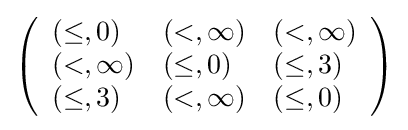
\left({\begin{array}{lll}(\leq ,0)&(<,\infty )&(<,\infty )\\(<,\infty )&(\leq ,0)&(\leq ,3)\\(\leq ,3)&(<,\infty )&(\leq ,0)\end{array}}\right)